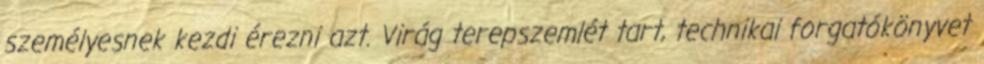
személyesnek kezdi érezni azt. Virág terepszemlét tart, technikai forgatókönyvet